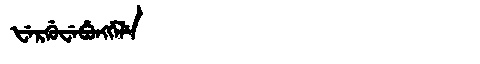
Manchu: ᡶᡝᡵᡤᡠᠸᡝᠪᡠᠩᡤᡝᠯᡝ
Romanization: FERGUWEBUNGGELE